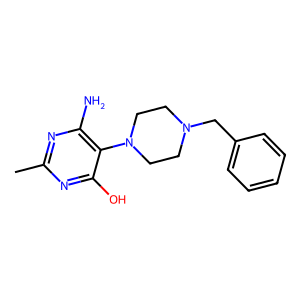
SMILES: Cc1nc(N)c(N2CCN(Cc3ccccc3)CC2)c(O)n1
Inhibits HIV replication: No